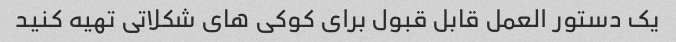
یک دستور العمل قابل قبول برای کوکی های شکلاتی تهیه کنید